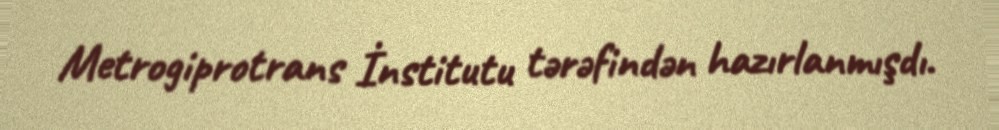
Metrogiprotrans İnstitutu tərəfindən hazırlanmışdı.